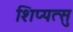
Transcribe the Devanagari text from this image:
शिप्पत्सु